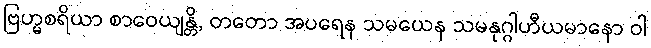
ဗြဟ္မစရိယာ စာဝေယျန္တိ, တတော အပရေန သမယေန သမနုဂ္ဂါဟီယမာနော ဝါ